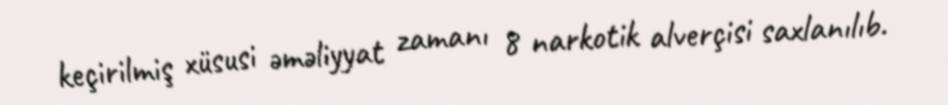
keçirilmiş xüsusi əməliyyat zamanı 8 narkotik alverçisi saxlanılıb.